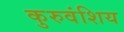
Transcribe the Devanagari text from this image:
कुरुवंशिय